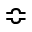
\Bumpeq